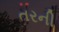
તરની